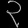
Digit: ၃